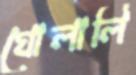
ঘোলালি